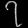
Digit: ၇